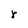
Character: r